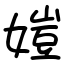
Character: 㜐